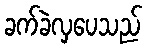
ခက်ခဲလှပေသည်